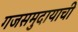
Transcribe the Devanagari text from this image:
गजसमुदायाची